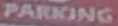
PARKING